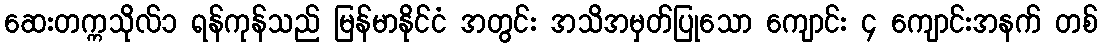
ဆေးတက္ကသိုလ်၁ ရန်ကုန်သည် မြန်မာနိုင်ငံ အတွင်း အသိအမှတ်ပြုသော ကျောင်း ၄ ကျောင်းအနက် တစ်